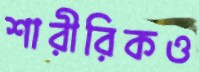
শারীরিকও